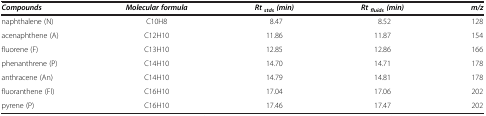
<table><thead><tr><td><b><i>Compounds</i></b></td><td><b><i>Molecular formula</i></b></td><td><b><i>Rt</i><sub><i>stds</i></sub><i>(min)</i></b></td><td><b><i>Rt</i><sub><i>fluids</i></sub><i>(min)</i></b></td><td><b><i>m/z</i></b></td></tr></thead><tbody><tr><td>naphthalene (N)</td><td>C10H8</td><td>8.47</td><td>8.52</td><td>128</td></tr><tr><td>acenaphthene (A)</td><td>C12H10</td><td>11.86</td><td>11.87</td><td>154</td></tr><tr><td>fluorene (F)</td><td>C13H10</td><td>12.85</td><td>12.86</td><td>166</td></tr><tr><td>phenanthrene (P)</td><td>C14H10</td><td>14.70</td><td>14.71</td><td>178</td></tr><tr><td>anthracene (An)</td><td>C14H10</td><td>14.79</td><td>14.81</td><td>178</td></tr><tr><td>fluoranthene (Fl)</td><td>C16H10</td><td>17.04</td><td>17.06</td><td>202</td></tr><tr><td>pyrene (P)</td><td>C16H10</td><td>17.46</td><td>17.47</td><td>202</td></tr></tbody></table>